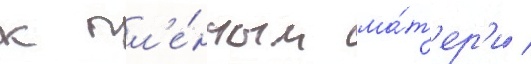
к пл'е́нным ма́т'ер'и /